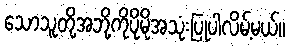
သောသူတို့အဘို့ကိုပိုမိုအသုံးပြုပါလိမ့်မယ်။